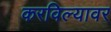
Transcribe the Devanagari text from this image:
करविल्यावर